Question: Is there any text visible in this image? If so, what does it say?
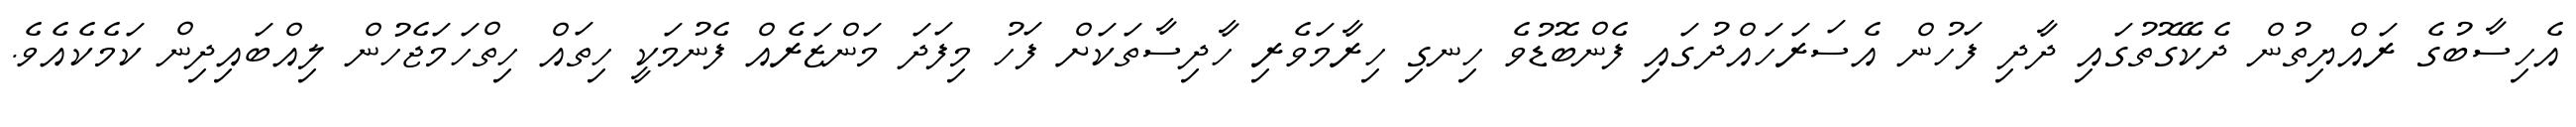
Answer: އެހިސާބުގެ ރައްޔިތުން ދެކޭގޮތުގައި ދާދި ފަހުން އެސަރަހައްދުގައި ފެންބޮޑުވެ ހިނގި ހިރާމަވެރި ހާދިސާތަކަށް ފަހު މިފަދަ މަންޒަރެއް ފެނުމަކީ ހިތައް ހިތްހަމަޖެހުން ލިއްބައިދިން ކަމެކެއެވެ.